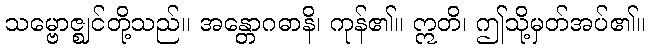
သမ္ဗောဇ္ဈင်တို့သည်။ အန္တောဂဓာနိ၊ ကုန်၏။ ဣတိ၊ ဤသို့မှတ်အပ်၏။